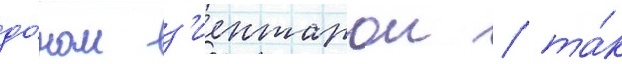
до́ном з'иентарои / та́к